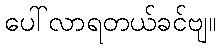
ပေါ်လာရတယ်ခင်ဗျ။